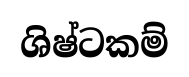
ශිෂ්ටකම්